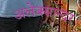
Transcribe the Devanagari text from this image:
अलेक्सान्दर